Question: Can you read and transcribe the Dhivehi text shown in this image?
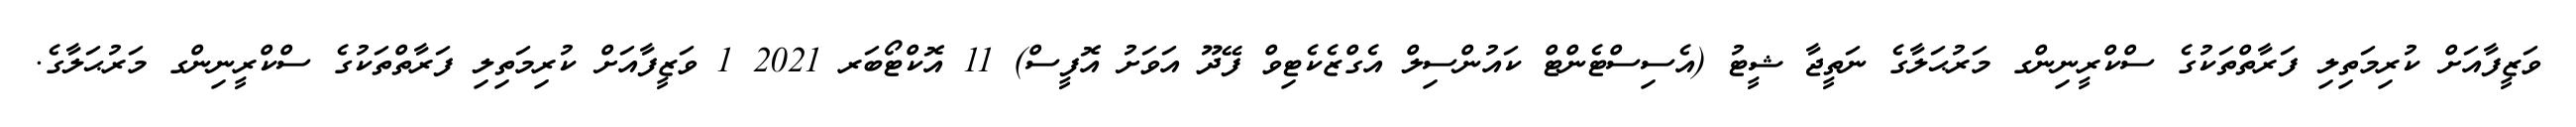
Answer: ވަޒީފާއަށް ކުރިމަތިލި ފަރާތްތަކުގެ ސްކްރީނިންގ މަރުޙަލާގެ ނަތީޖާ ޝީޓު (އެސިސްޓެންޓް ކައުންސިލް އެގްޒެކެޓިވް ފޭދޫ އަވަށު އޮފީސް) 11 އޮކްޓޯބަރ 2021 1 ވަޒީފާއަށް ކުރިމަތިލި ފަރާތްތަކުގެ ސްކްރީނިންގ މަރުޙަލާގެ.